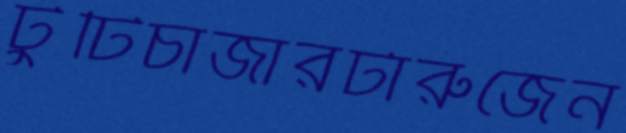
টুঁটিচার্জারটারুজেন